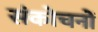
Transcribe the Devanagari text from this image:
संकोचनों